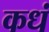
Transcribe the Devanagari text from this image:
कधं